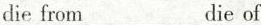
die from die oí